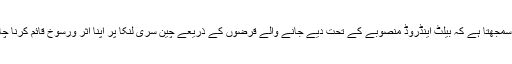
بھارت سمجھتا ہے کہ بیلٹ اینڈروڈ منصوبے کے تحت دیے جانے والے قرضوں کے ذریعے چین سری لنکا پر اپنا اثر ورسوخ قائم کرنا چاہتا ہے۔